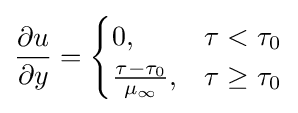
{\frac {\partial u}{\partial y}}={\begin{cases}0,&\tau <\tau _{0}\\{\frac {\tau -\tau _{0}}{\mu _{\infty }}},&\tau \geq \tau _{0}\end{cases}}